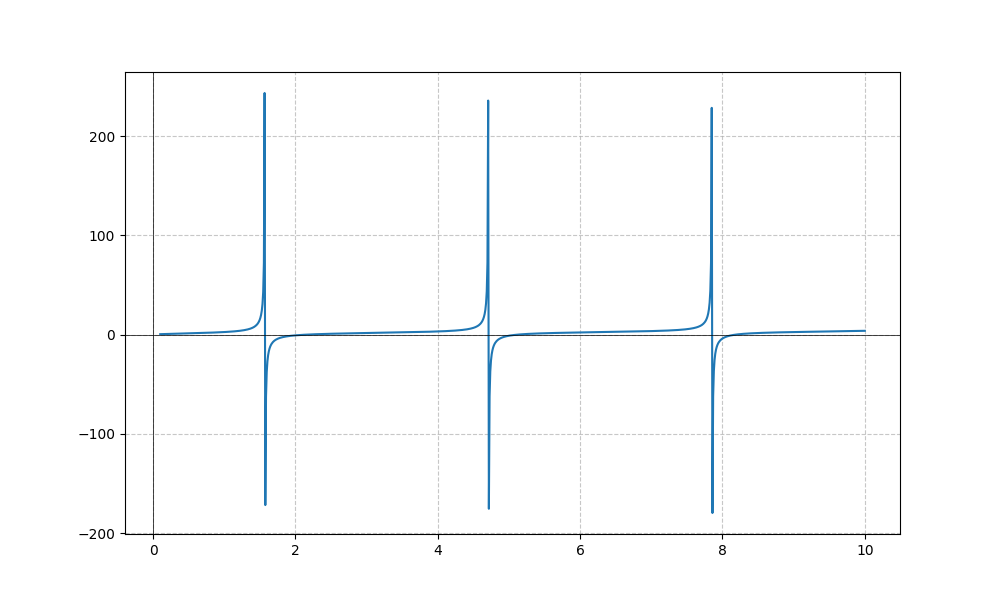
LaTeX formula: \sqrt{x} + \tan{\left(x \right)}